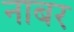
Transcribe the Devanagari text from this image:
नाबर